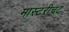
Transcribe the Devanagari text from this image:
मास्टरीचट